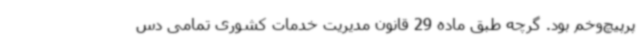
پرپیچ‌وخم بود. گرچه طبق ماده 29 قانون مدیریت خدمات کشوری تمامی دس